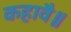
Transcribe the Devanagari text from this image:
कहावै॥